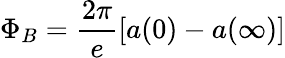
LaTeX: \Phi_{B}=\frac{2\pi}e\left[a(0)-a(\infty)\right]